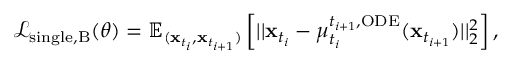
\begin{array} { r } { \mathcal { L } _ { \mathrm { s i n g l e , B } } ( \theta ) = \mathbb { E } _ { ( \mathbf { x } _ { t _ { i } } , \mathbf { x } _ { t _ { i + 1 } } ) } \left[ | | \mathbf { x } _ { t _ { i } } - \mu _ { t _ { i } } ^ { t _ { i + 1 } , \mathrm { O D E } } ( \mathbf { x } _ { t _ { i + 1 } } ) | | _ { 2 } ^ { 2 } \right] , } \end{array}